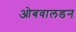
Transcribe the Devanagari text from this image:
ओबवालडन